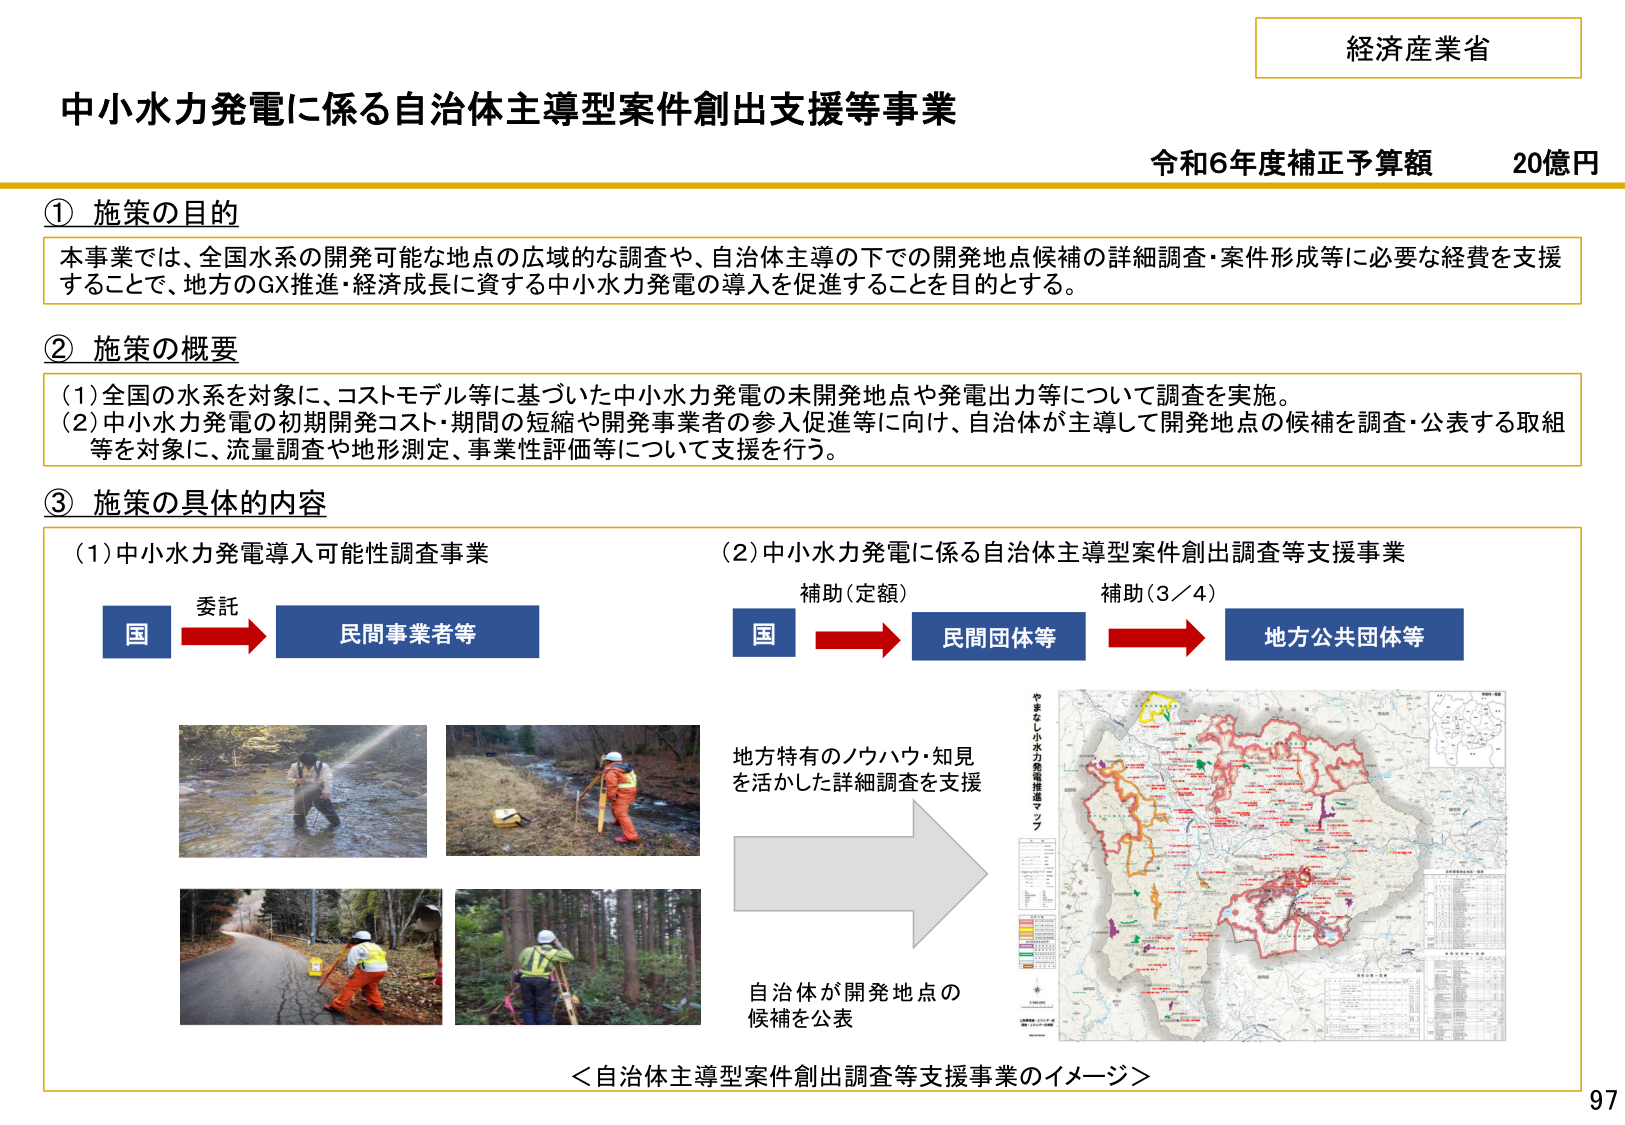
経済産業省
中小水力発電に係る自治体主導型案件創出支援等事業
令和6年度補正予算額 20億円

① 施策の目的
本事業では、全国水系の開発可能な地点の広域的な調査や、自治体主導の下での開発地点候補の詳細調査・案件形成等に必要な経費を支援することで、地方のGX推進・経済成長に資する中小水力発電の導入を促進することを目的とする。

② 施策の概要
(1) 全国の水系を対象に、コストモデル等に基づいた中小水力発電の未開発地点や発電出力等について調査を実施。
(2) 中小水力発電の初期開発コスト・期間の短縮や開発事業者の参入促進等に向け、自治体が主導して開発地点の候補を調査・公表する取組等を対象に、流量調査や地形測定、事業性評価等について支援を行う。

③ 施策の具体的内容
(1) 中小水力発電導入可能性調査事業
国 → 委託 → 民間事業者等

(2) 中小水力発電に係る自治体主導型案件創出調査等支援事業
国 → 補助（定額） → 民間団体等 → 補助（3／4） → 地方公共団体等

地方特有のノウハウ・知見を活かした詳細調査を支援
自治体が開発地点の候補を公表

＜自治体主導型案件創出調査等支援事業のイメージ＞
やまなしじゅうりょくはつでんかんさマップ

97